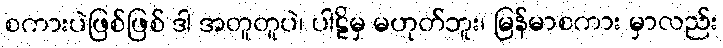
စကားပဲဖြစ်ဖြစ် ဒါ အတူတူပဲ၊ ပါဠိမှ မဟုတ်ဘူး၊ မြန်မာစကား မှာလည်း